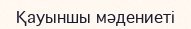
Қауыншы мәдениеті